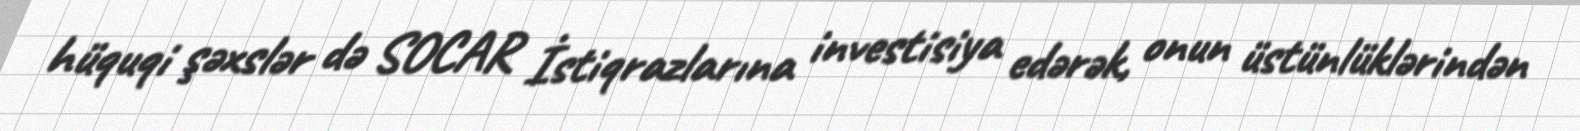
hüquqi şəxslər də SOCAR İstiqrazlarına investisiya edərək, onun üstünlüklərindən